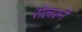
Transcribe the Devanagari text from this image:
रोलरने